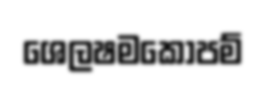
ශෙලෂමකොපම්